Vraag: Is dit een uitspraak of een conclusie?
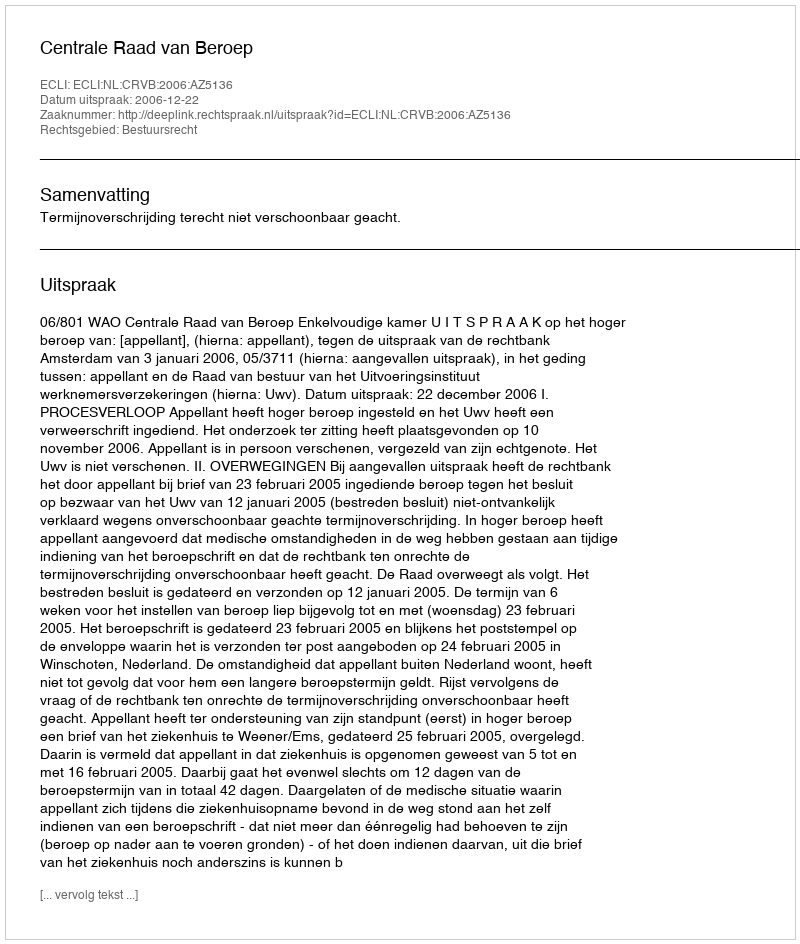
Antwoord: Uitspraak